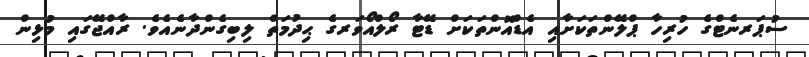
ސުޕަރނެޓްގެ ހުރިހާ ޕްލޭންތަކަށާއި އެޑްއޮންތަކަށް ޑޭޓާ ރޯލްއޯވަރގެ ޙިދުމަތް ލިބިގެންދާނެއެވެ. ރާއްޖޭގައި މުޅިން